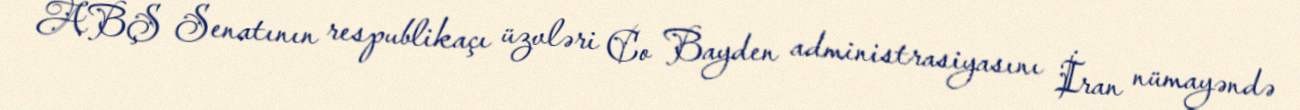
ABŞ Senatının respublikaçı üzvləri Co Bayden administrasiyasını İran nümayəndə